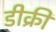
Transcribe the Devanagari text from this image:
डीक्री